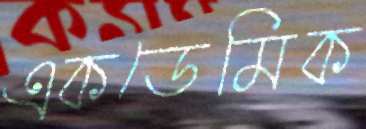
একডেমিক